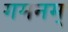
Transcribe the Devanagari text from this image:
गमनम्